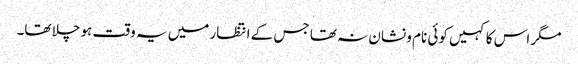
مگر اس کا کہیں کوئی نام و نشان نہ تھا جس کے انتظار میں یہ وقت ہو چلا تھا۔